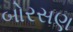
બોરસણ